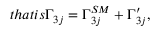
t h a t i s \Gamma _ { 3 j } = \Gamma _ { 3 j } ^ { S M } + \Gamma _ { 3 j } ^ { \prime } ,